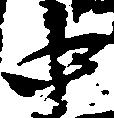
中